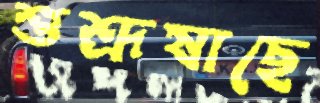
শুশ্রূষাছে